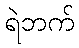
ရဲဘက်